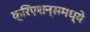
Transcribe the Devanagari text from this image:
क्रिएशन्समध्ये